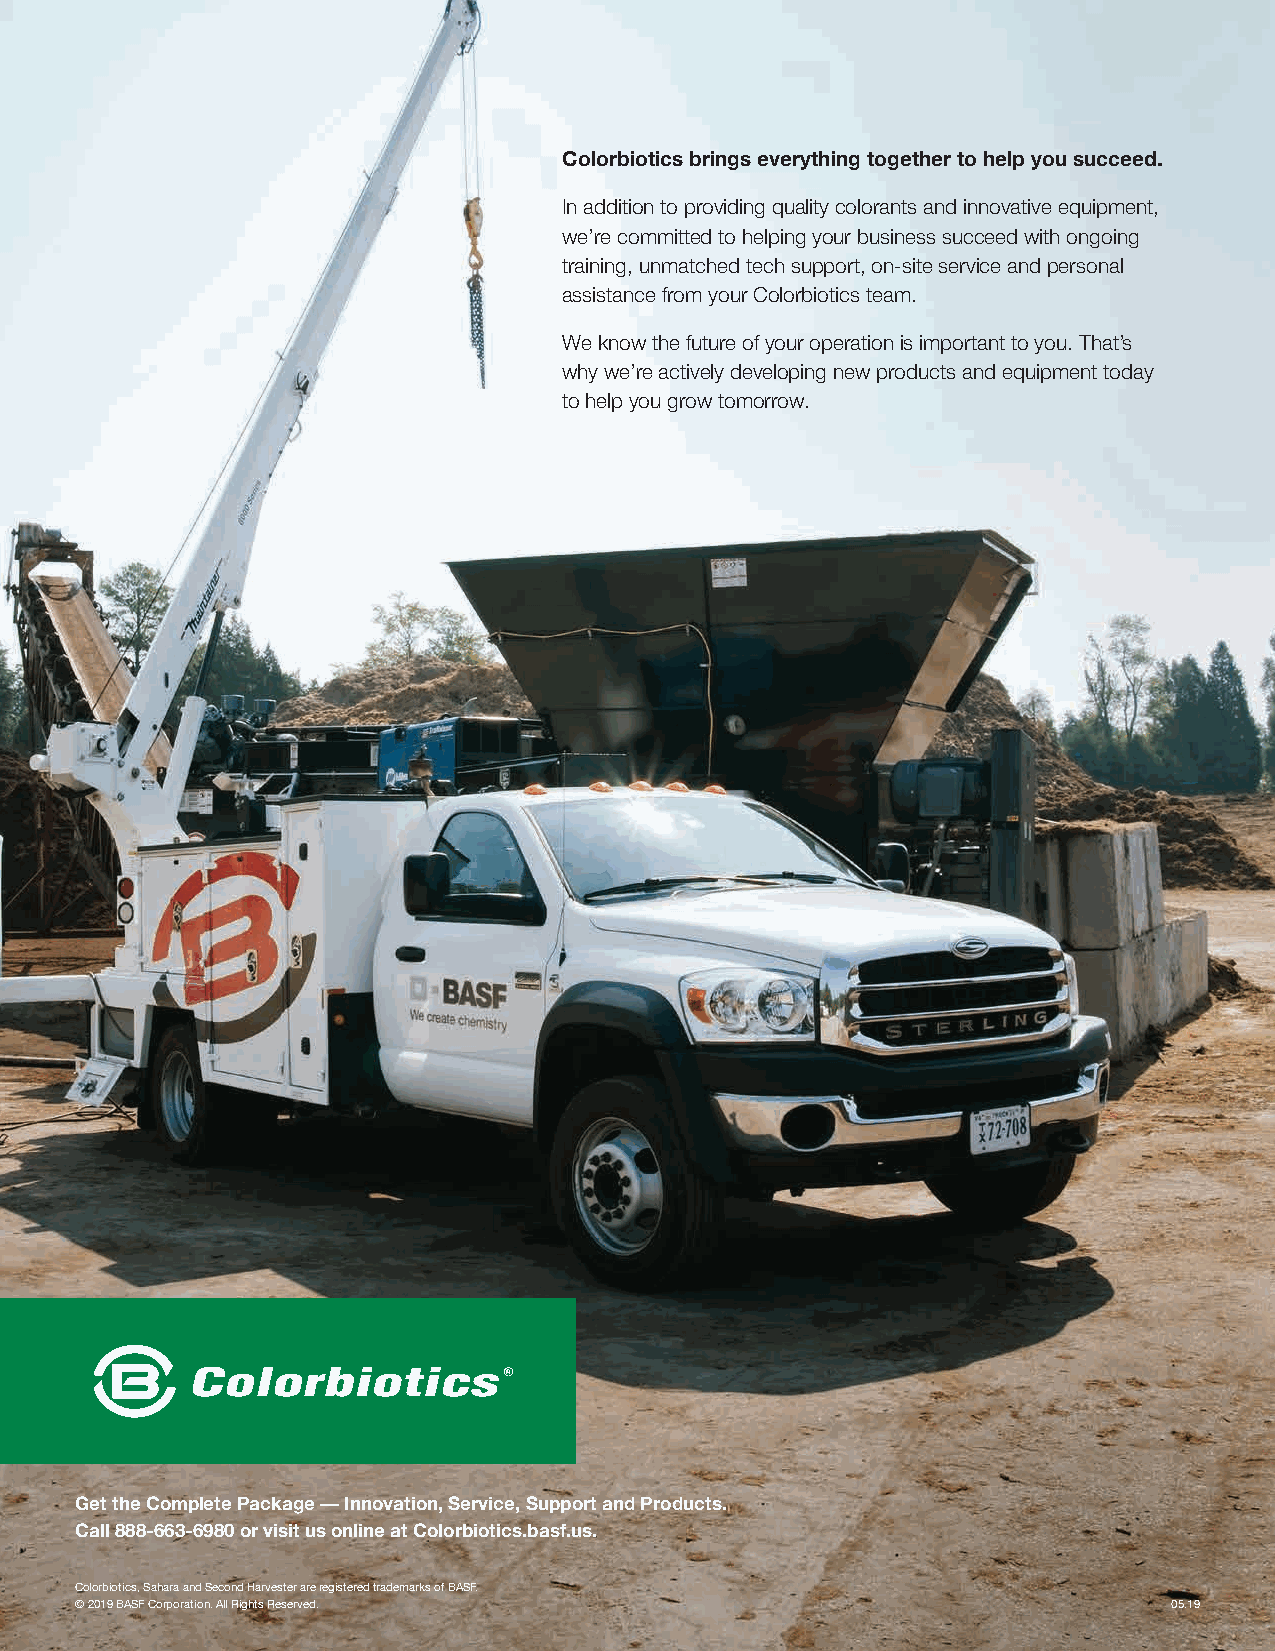
Colorbiotics brings everything together to help you succeed.
 In addition to providing quality colorants and innovative equipment,
 we’re committed to helping your business succeed with ongoing
 training, unmatched tech support, on-site service and personal
 assistance from your Colorbiotics team.
 We know the future of your operation is important to you. That’s
 why we’re actively developing new products and equipment today
 to help you grow tomorrow.
 Get the Complete Package — Innovation, Service, Support and Products.
 Call 888-663-6980 or visit us online at Colorbiotics.basf.us.
 Colorbiotics, Sahara and Second Harvester are registered trademarks of BASF.
 © 2019 BASF Corporation. All Rights Reserved.                            05.19